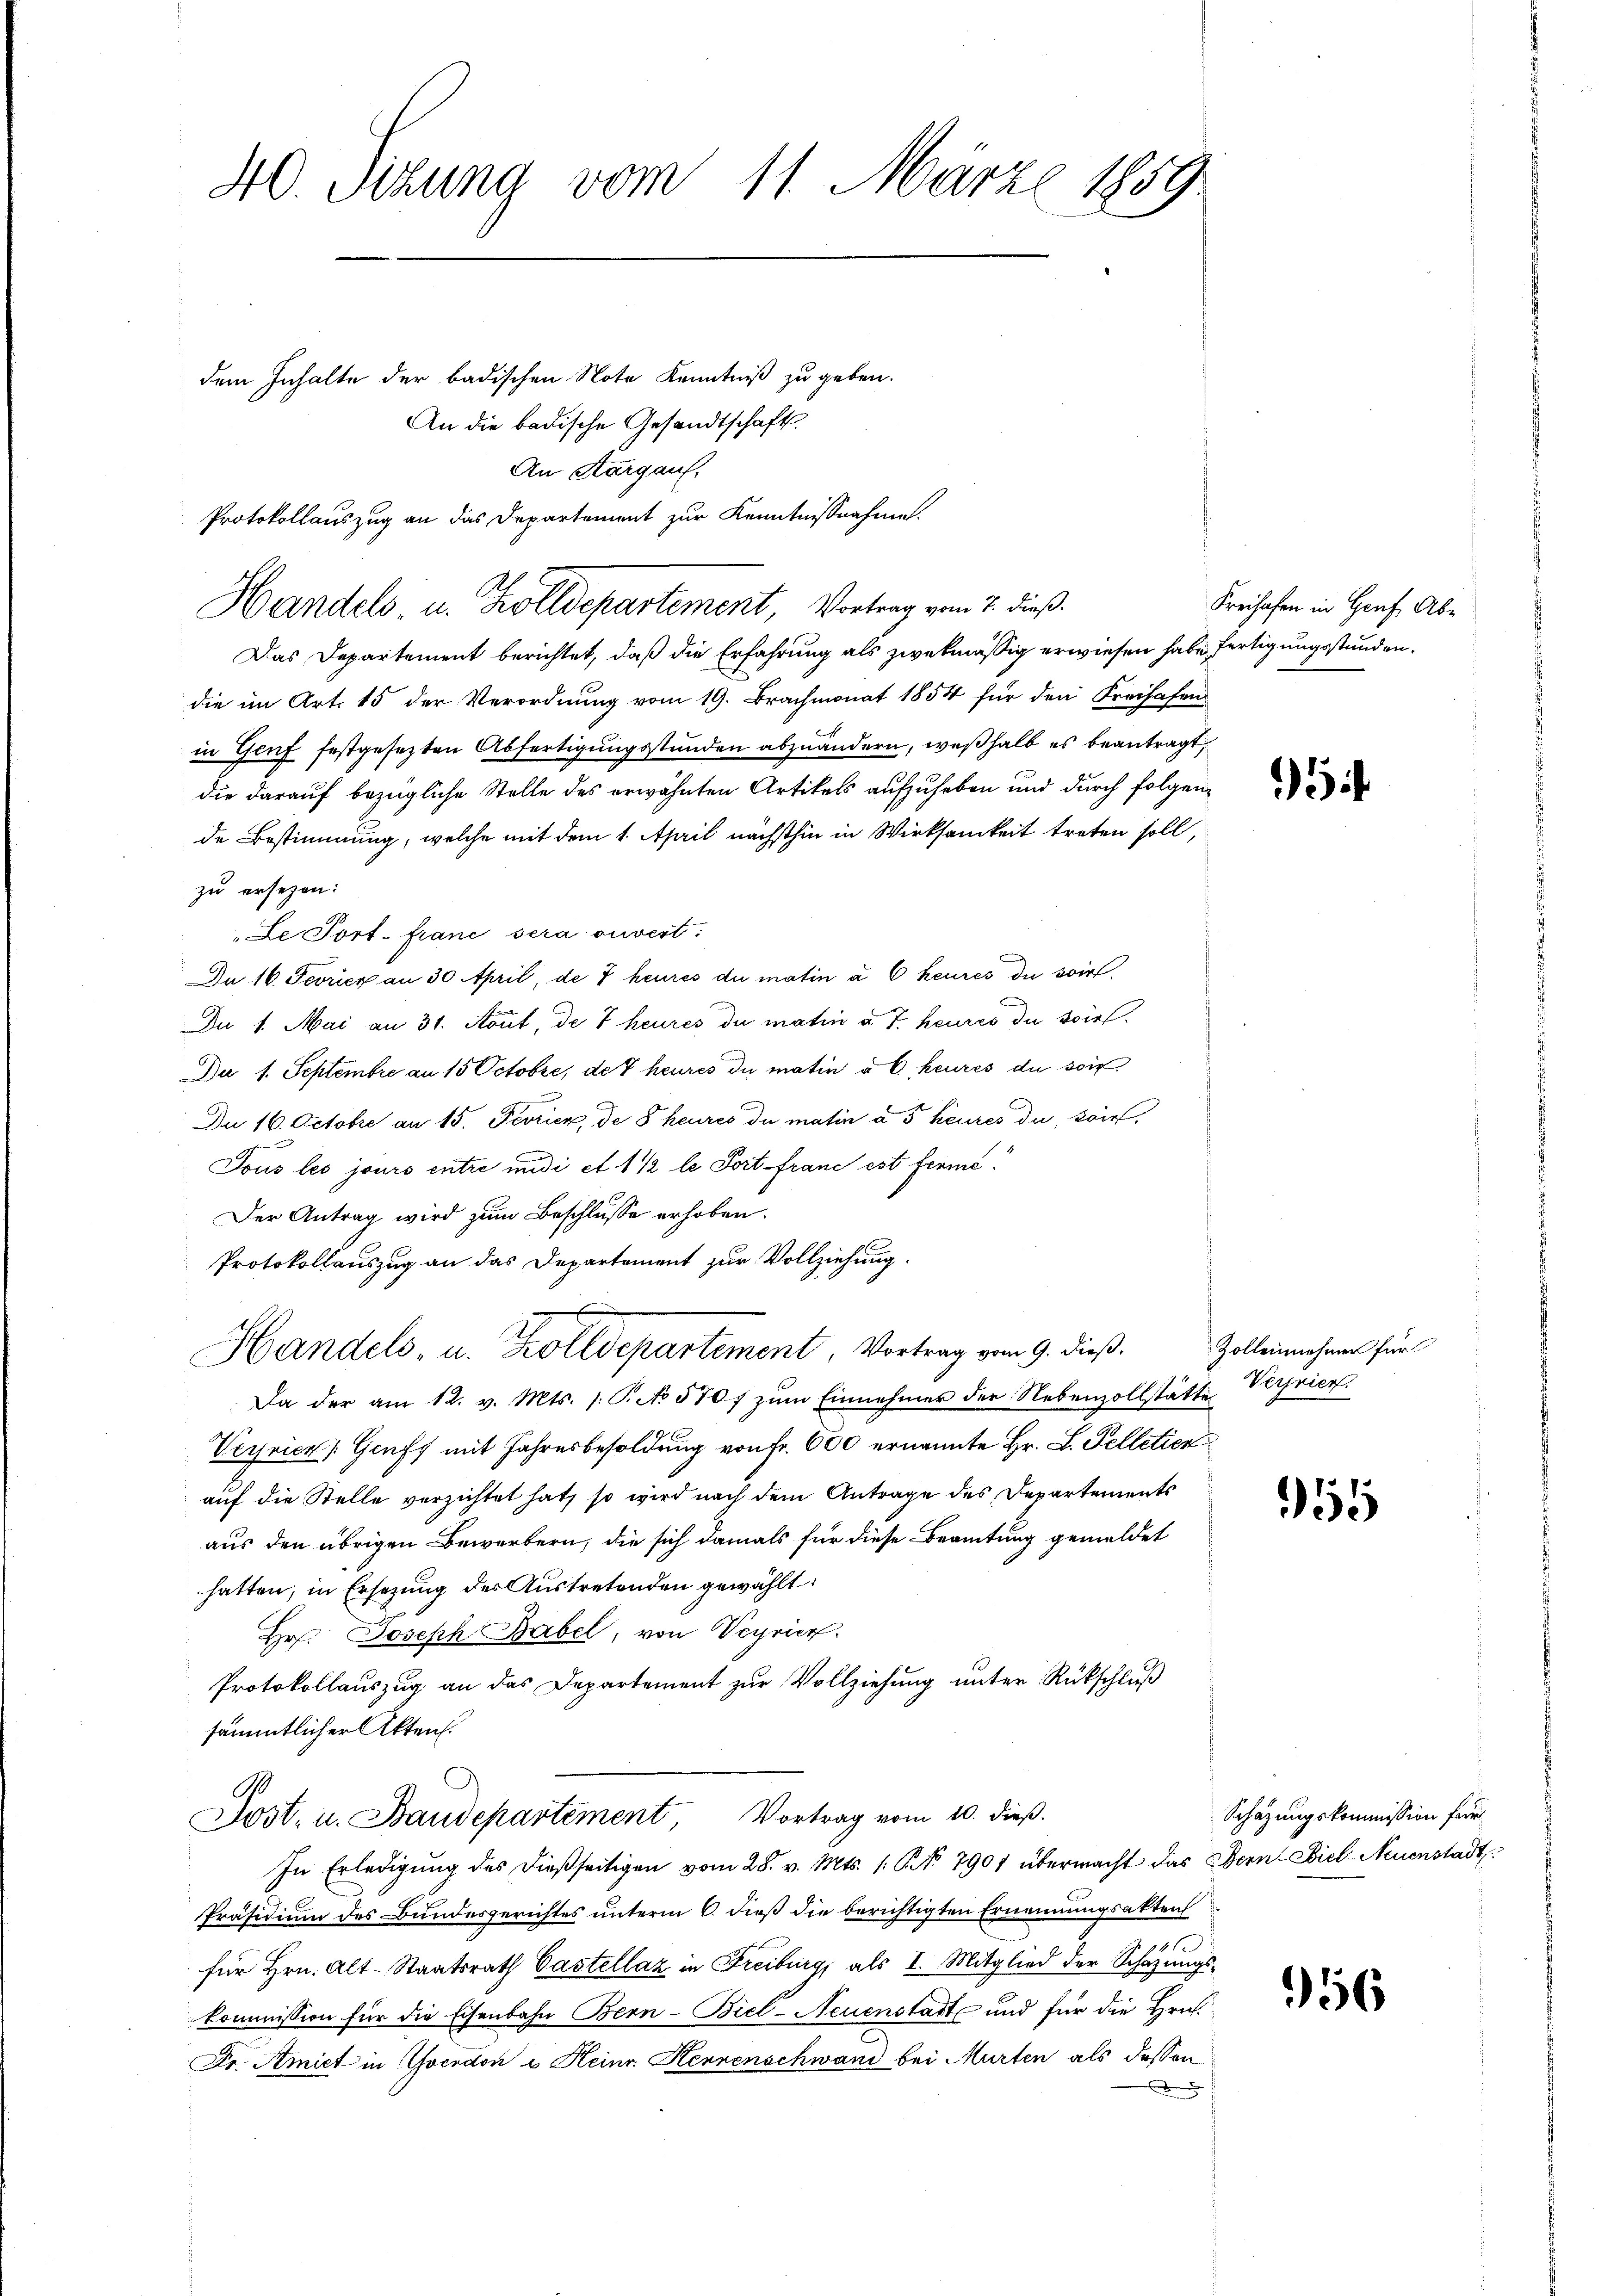
Das Departement berichtet, daß die Erfahrung als zwekmässig erwiesen habe fertigungsstunden.
die im Art. 15 der Verordnung vom 19. Brachmonat 1854 für den Freihafen
in Genf festgesezten Abfertigungsstunden abzuändern, weßhalb es beantragt,
die darauf bezügliche Stelle des erwähnten Artikels aufzuheben und durch folgende Bestimmung, welche mit dem 1. April nächsthin in Wirksamkeit treten soll,
zu ersezen:
Le Port. Franc sera ouvert:
Da 16. Ferier an 30 April, de 7 heures du matin à 6 heures du sor
Du 1. Mai an 31. Aout, de Theures du matin a. T. heures de soief¬
Du 1. Septembre an 15 Octobre, der heures du matin à 6. heures du soit
Du 16. Octobre an 15. Peorien, de 8 heures du matin à 5 heures du, wor
Tous les jours entre undi et 1 1/2 le Port franc est ferme¬
Der Antrag wird zum Beschlusse erhoben.
Protokollauszug an das Departement zur Vollziehung.
Handels, u. Zolldepartement. Vortrag vom 9. dieß,
Da der am 12. v. Mts. /: P. No 570 f zŭm Einnehmer der Nebenzollstätte
Verrich Gruff mit Jahresbesoldung von Fr. 600 ernannte Hr. L. Felletier
auf die Stelle verzichtet hat, so wird nach dem Antrage des Departements
aus den übrigen Bewerbern, die sich damals für diese Beamtung gemeldet
hatten, in Ersetzung des Austretenden gewählt:
Hr. Joseph Babel, von Verrier.
Protokollauszug an das Departement zur Vollziehung unter Rückschluß
sämmtlicher Akten.
1
Jost- u. Baudepartement Vortrag vom 10. dieß.
In Erledigŭng des dießseitigen vom 28. v. Mts. 1. P. Nr. 7907 übermacht das Bern-Ciel-Neuenstadt
Präsidium des Bundesgerichtes unterm 6. dieß die berichtigten Ernennungsakten
für Hrn. Alt-Staatsrath Castellaz in Freiburg, als I. Mitglied der Schazungs-
kommission für die Eisenbahn Bern-Biel-Neuenstadt und für die Hrn.
Dr. Amiet in Yverdon u Heinr. Herrenschwand bei Murten als dessen

40. Sizung vom 11. März 1859.
dem Inhalte der badischen Note Kenntniß zu geben.
An die badische Gesandtschaft
An Aargauf
Protokollauszug an das Departement zur Kenntnissnahme.

Handels- u. Zolldepartement, Vortrag vom 2. dieß.

Freihafen in Genf. Abe

5

Zolleinehmen für
Verrier.

155

Schazungskommission für

956